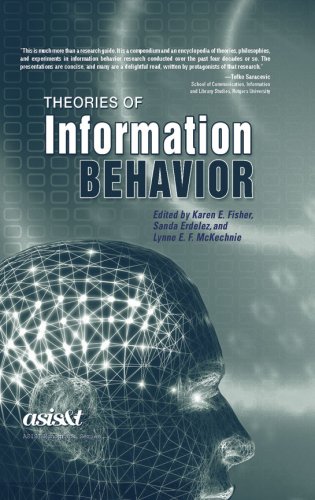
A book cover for Theories of Information Behavior (Asist Monograph); Computers & Technology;